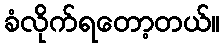
ခံလိုက်ရတော့တယ်။